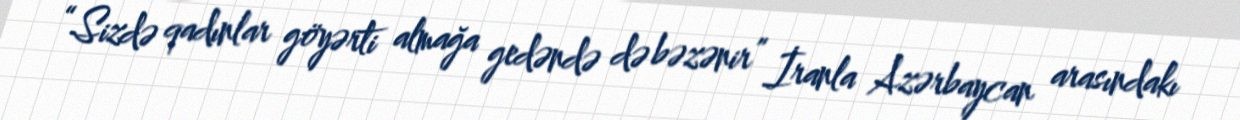
“Sizdə qadınlar göyərti almağa gedəndə də bəzənir” İranla Azərbaycan arasındakı